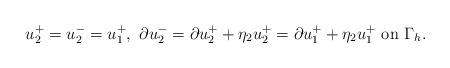
LaTeX: \begin{align*} u_2^+=u_2^-=u_1^+,\ \partial u_2^-=\partial u_2^++\eta_2 u_2^+=\partial u_1^+ +\eta_2 u_1^+\ \mathrm {on} \ \Gamma_h. \end{align*}